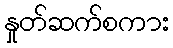
နှုတ်ဆက်စကား